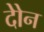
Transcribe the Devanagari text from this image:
दोेन